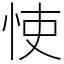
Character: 㤦